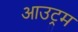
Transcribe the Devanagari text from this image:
आउट्रम